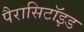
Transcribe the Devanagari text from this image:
पैरासिटॉइड